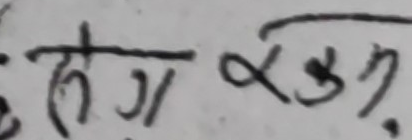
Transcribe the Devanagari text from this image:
हग राख्यु.